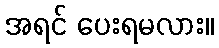
အရင် ပေးရမလား။